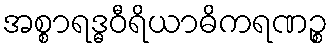
အစ္စာရဒ္ဓဝီရိယာဓိကရဏဉ္စ